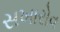
સખારોવ